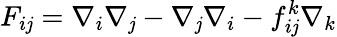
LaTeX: F_{i\mathit{j}}=\nabla_{i}\nabla_{\mathit{j}}-\nabla_{\mathit{j}}\nabla_{i}-f_{i\mathit{j}}^{k}\nabla_{k}